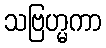
သဗြဟ္မကာ